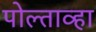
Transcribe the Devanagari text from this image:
पोल्ताव्हा